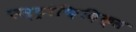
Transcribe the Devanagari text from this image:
एस्ट्रोफ़िज़िक्स